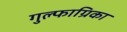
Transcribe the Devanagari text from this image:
गुल्फाग्रिका